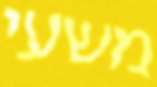
משעי